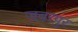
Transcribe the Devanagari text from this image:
जबरपुर